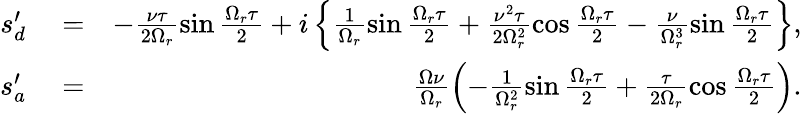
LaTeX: \begin{array}{rlr}{s_{d}^{\prime}}&{{}=}&{-\frac{\nu\tau}{2\Omega_{r}}\sin\frac{\Omega_{r}\tau}{2}+i\left\{ \frac{1}{\Omega_{r}}\sin\frac{\Omega_{r}\tau}{2}+\frac{\nu^{2}\tau}{2\Omega_{r}^{2}}\cos\frac{\Omega_{r}\tau}{2}-\frac{\nu}{\Omega_{r}^{3}}\sin\frac{\Omega_{r}\tau}{2}\right\} ,}\\ {s_{a}^{\prime}}&{{}=}&{\frac{\Omega\nu}{\Omega_{r}}\left(-\frac{1}{\Omega_{r}^{2}}\sin\frac{\Omega_{r}\tau}{2}+\frac{\tau}{2\Omega_{r}}\cos\frac{\Omega_{r}\tau}{2}\right).}\end{array}